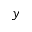
y